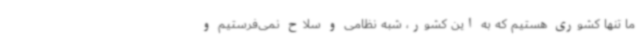
ما تنها کشوری هستیم که به این کشور، شبه نظامی و سلاح نمی‌فرستیم و